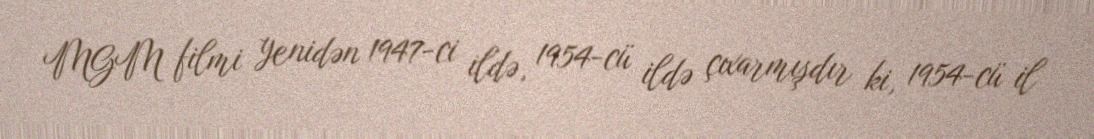
MGM filmi yenidən 1947-ci ildə, 1954-cü ildə çıxarmışdır ki, 1954-cü il